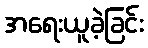
အရေးယူခဲ့ခြင်း